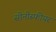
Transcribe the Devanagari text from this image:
सोनीस्फीयर